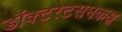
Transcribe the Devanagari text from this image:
डॉक्टरेटसमकक्ष